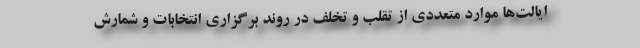
ایالت‌ها موارد متعددی از تقلب و تخلف در روند برگزاری انتخابات و شمارش